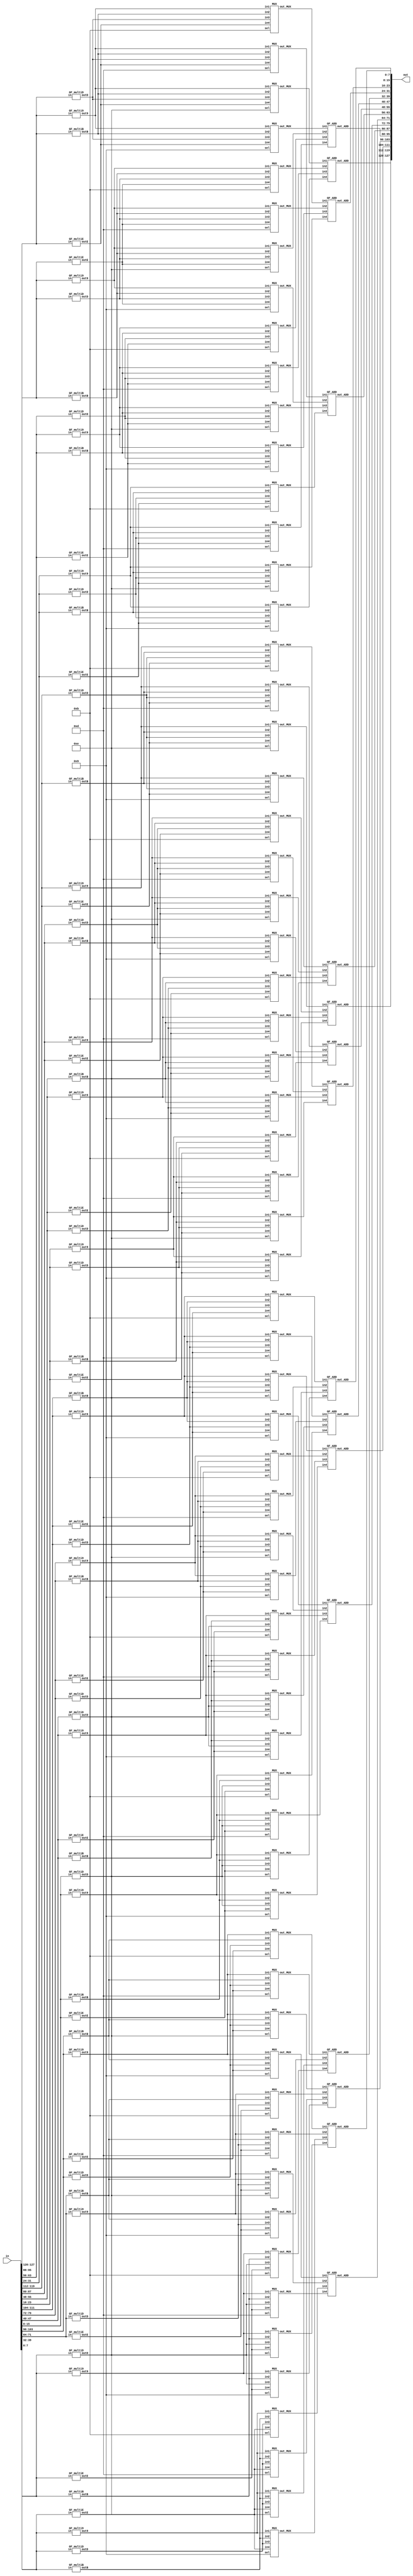
module inv_mixcolumns(in, out);
input [127:0] in;
output [127:0] out;

wire [127:0] in_matrix, out_matrix; //transpose matrix
wire [127:0] multi2, multi3, multi9, multiE, multiB, multiD; 

//temporary variable
wire [31:0]temp11, temp12, temp13, temp14, temp21, temp22, temp23, temp24, 
temp31, temp32, temp33, temp34, temp41, temp42, temp43, temp44;

//transpose matrix 
assign in_matrix[127:96] = {in[127:120], in[95:88], in[63:56], in[31:24]};
assign in_matrix[95:64] = {in[119:112], in[87:80], in[55:48], in[23:16]};
assign in_matrix[63:32] = {in[111:104], in[79:72], in[47:40], in[15:8]};
assign in_matrix[31:0] = {in[103:96], in[71:64], in[39:32], in[7:0]};

// specific constant matrix
parameter [15:0] const1 = 16'b1110_1011_1101_1001; // 0E 0B 0D 09  
parameter [15:0] const2 = 16'b1001_1110_1011_1101; //O9 0E 0B 0D
parameter [15:0] const3 = 16'b1101_1001_1110_1011; //OD O9 OE OB
parameter [15:0] const4 = 16'b1011_1101_1001_1110; //0B 0D 09 0E


//  (1 ) 
GF_multiB B11(in_matrix[127:120], multiB[127:120]);
GF_multiB B12(in_matrix[119:112], multiB[119:112]);
GF_multiB B13(in_matrix[111:104], multiB[111:104]);
GF_multiB B14(in_matrix[103:96], multiB[103:96]);

GF_multi9 N11(in_matrix[127:120], multi9[127:120]);
GF_multi9 N12(in_matrix[119:112], multi9[119:112]);
GF_multi9 N13(in_matrix[111:104], multi9[111:104]);
GF_multi9 N14(in_matrix[103:96], multi9[103:96]);

GF_multiE E11(in_matrix[127:120], multiE[127:120]);
GF_multiE E12(in_matrix[119:112], multiE[119:112]);
GF_multiE E13(in_matrix[111:104], multiE[111:104]);
GF_multiE E14(in_matrix[103:96], multiE[103:96]);

GF_multiD D11(in_matrix[127:120], multiD[127:120]);
GF_multiD D12(in_matrix[119:112], multiD[119:112]);
GF_multiD D13(in_matrix[111:104], multiD[111:104]);
GF_multiD D14(in_matrix[103:96], multiD[103:96]);

MUX M111(multi9[127:120], multiB[127:120], multiD[127:120], multiE[127:120], const1[15:12], temp11[31:24]);
MUX M112(multi9[119:112], multiB[119:112], multiD[119:112], multiE[119:112], const1[11:8], temp11[23:16]);
MUX M113(multi9[111:104], multiB[111:104], multiD[111:104], multiE[111:104], const1[7:4], temp11[15:8]);
MUX M114(multi9[103:96], multiB[103:96], multiD[103:96], multiE[103:96], const1[3:0], temp11[7:0]);
GF_ADD ADD11(temp11[31:24], temp11[23:16], temp11[15:8], temp11[7:0], out_matrix[127:120]); 

MUX M121(multi9[127:120], multiB[127:120], multiD[127:120], multiE[127:120], const2[15:12], temp12[31:24]);
MUX M122(multi9[119:112], multiB[119:112], multiD[119:112], multiE[119:112], const2[11:8], temp12[23:16]);
MUX M123(multi9[111:104], multiB[111:104], multiD[111:104], multiE[111:104], const2[7:4], temp12[15:8]);
MUX M124(multi9[103:96], multiB[103:96], multiD[103:96], multiE[103:96], const2[3:0], temp12[7:0]);
GF_ADD ADD12(temp12[31:24], temp12[23:16], temp12[15:8], temp12[7:0], out_matrix[119:112]); 

MUX M131(multi9[127:120], multiB[127:120], multiD[127:120], multiE[127:120], const3[15:12], temp13[31:24]);
MUX M132(multi9[119:112], multiB[119:112], multiD[119:112], multiE[119:112], const3[11:8], temp13[23:16]);
MUX M133(multi9[111:104], multiB[111:104], multiD[111:104], multiE[111:104], const3[7:4], temp13[15:8]);
MUX M134(multi9[103:96], multiB[103:96], multiD[103:96], multiE[103:96], const3[3:0], temp13[7:0]);
GF_ADD ADD13(temp13[31:24], temp13[23:16], temp13[15:8], temp13[7:0], out_matrix[111:104]); 

MUX M141(multi9[127:120], multiB[127:120], multiD[127:120], multiE[127:120], const4[15:12], temp14[31:24]);
MUX M142(multi9[119:112], multiB[119:112], multiD[119:112], multiE[119:112], const4[11:8], temp14[23:16]);
MUX M143(multi9[111:104], multiB[111:104], multiD[111:104], multiE[111:104], const4[7:4], temp14[15:8]);
MUX M144(multi9[103:96], multiB[103:96], multiD[103:96], multiE[103:96], const4[3:0], temp14[7:0]);
GF_ADD ADD14(temp14[31:24], temp14[23:16], temp14[15:8], temp14[7:0], out_matrix[103:96]); 

// 2  
GF_multiB B21(in_matrix[95:88], multiB[95:88]);
GF_multiB B22(in_matrix[87:80], multiB[87:80]);
GF_multiB B23(in_matrix[79:72], multiB[79:72]);
GF_multiB B24(in_matrix[71:64], multiB[71:64]);

GF_multi9 N21(in_matrix[95:88], multi9[95:88]);
GF_multi9 N22(in_matrix[87:80], multi9[87:80]);
GF_multi9 N23(in_matrix[79:72], multi9[79:72]);
GF_multi9 N24(in_matrix[71:64], multi9[71:64]);

GF_multiE E21(in_matrix[95:88], multiE[95:88]);
GF_multiE E22(in_matrix[87:80], multiE[87:80]);
GF_multiE E23(in_matrix[79:72], multiE[79:72]);
GF_multiE E24(in_matrix[71:64], multiE[71:64]);

GF_multiD D21(in_matrix[95:88], multiD[95:88]);
GF_multiD D22(in_matrix[87:80], multiD[87:80]);
GF_multiD D23(in_matrix[79:72], multiD[79:72]);
GF_multiD D24(in_matrix[71:64], multiD[71:64]);



MUX M211(multi9[95:88], multiB[95:88], multiD[95:88], multiE[95:88], const1[15:12], temp21[31:24]);
MUX M212(multi9[87:80], multiB[87:80], multiD[87:80], multiE[87:80], const1[11:8], temp21[23:16]);
MUX M213(multi9[79:72], multiB[79:72], multiD[79:72], multiE[79:72], const1[7:4], temp21[15:8]);
MUX M214(multi9[71:64], multiB[71:64], multiD[71:64], multiE[71:64], const1[3:0], temp21[7:0]);
GF_ADD ADD21(temp21[31:24], temp21[23:16], temp21[15:8], temp21[7:0], out_matrix[95:88]); 

MUX M221(multi9[95:88], multiB[95:88], multiD[95:88], multiE[95:88], const2[15:12], temp22[31:24]);
MUX M222(multi9[87:80], multiB[87:80], multiD[87:80], multiE[87:80], const2[11:8], temp22[23:16]);
MUX M223(multi9[79:72], multiB[79:72], multiD[79:72], multiE[79:72], const2[7:4], temp22[15:8]);
MUX M224(multi9[71:64], multiB[71:64], multiD[71:64], multiE[71:64], const2[3:0], temp22[7:0]);
GF_ADD ADD22(temp22[31:24], temp22[23:16], temp22[15:8], temp22[7:0], out_matrix[87:80]); 

MUX M231(multi9[95:88], multiB[95:88], multiD[95:88], multiE[95:88], const3[15:12], temp23[31:24]);
MUX M232(multi9[87:80], multiB[87:80], multiD[87:80], multiE[87:80], const3[11:8], temp23[23:16]);
MUX M233(multi9[79:72], multiB[79:72], multiD[79:72], multiE[79:72], const3[7:4], temp23[15:8]);
MUX M234(multi9[71:64], multiB[71:64], multiD[71:64], multiE[71:64], const3[3:0], temp23[7:0]);
GF_ADD ADD23(temp23[31:24], temp23[23:16], temp23[15:8], temp23[7:0], out_matrix[79:72]); 

MUX M241(multi9[95:88], multiB[95:88], multiD[95:88], multiE[95:88], const4[15:12], temp24[31:24]);
MUX M242(multi9[87:80], multiB[87:80], multiD[87:80], multiE[87:80], const4[11:8], temp24[23:16]);
MUX M243(multi9[79:72], multiB[79:72], multiD[79:72], multiE[79:72], const4[7:4], temp24[15:8]);
MUX M244(multi9[71:64], multiB[71:64], multiD[71:64], multiE[71:64], const4[3:0], temp24[7:0]);
GF_ADD ADD24(temp24[31:24], temp24[23:16], temp24[15:8], temp24[7:0], out_matrix[71:64]); 

// 3  
GF_multiB B31(in_matrix[63:56], multiB[63:56]);
GF_multiB B32(in_matrix[55:48], multiB[55:48]);
GF_multiB B33(in_matrix[47:40], multiB[47:40]);
GF_multiB B34(in_matrix[39:32], multiB[39:32]);

GF_multi9 N31(in_matrix[63:56], multi9[63:56]);
GF_multi9 N32(in_matrix[55:48], multi9[55:48]);
GF_multi9 N33(in_matrix[47:40], multi9[47:40]);
GF_multi9 N34(in_matrix[39:32], multi9[39:32]);

GF_multiE E31(in_matrix[63:56], multiE[63:56]);
GF_multiE E32(in_matrix[55:48], multiE[55:48]);
GF_multiE E33(in_matrix[47:40], multiE[47:40]);
GF_multiE E34(in_matrix[39:32], multiE[39:32]);

GF_multiD D31(in_matrix[63:56], multiD[63:56]);
GF_multiD D32(in_matrix[55:48], multiD[55:48]);
GF_multiD D33(in_matrix[47:40], multiD[47:40]);
GF_multiD D34(in_matrix[39:32], multiD[39:32]);

MUX M311(multi9[63:56], multiB[63:56], multiD[63:56], multiE[63:56], const1[15:12], temp31[31:24]);
MUX M312(multi9[55:48], multiB[55:48], multiD[55:48], multiE[55:48], const1[11:8], temp31[23:16]);
MUX M313(multi9[47:40], multiB[47:40], multiD[47:40], multiE[47:40], const1[7:4], temp31[15:8]);
MUX M314(multi9[39:32], multiB[39:32], multiD[39:32], multiE[39:32], const1[3:0], temp31[7:0]);
GF_ADD ADD31(temp31[31:24], temp31[23:16], temp31[15:8], temp31[7:0], out_matrix[63:56]);

MUX M321(multi9[63:56], multiB[63:56], multiD[63:56], multiE[63:56], const2[15:12], temp32[31:24]);
MUX M322(multi9[55:48], multiB[55:48], multiD[55:48], multiE[55:48], const2[11:8],temp32[23:16]);
MUX M323(multi9[47:40], multiB[47:40], multiD[47:40], multiE[47:40], const2[7:4], temp32[15:8]);
MUX M324(multi9[39:32], multiB[39:32], multiD[39:32], multiE[39:32], const2[3:0], temp32[7:0]);
GF_ADD ADD32(temp32[31:24], temp32[23:16], temp32[15:8], temp32[7:0], out_matrix[55:48]);

MUX M331(multi9[63:56], multiB[63:56], multiD[63:56], multiE[63:56], const3[15:12], temp33[31:24]);
MUX M332(multi9[55:48], multiB[55:48], multiD[55:48], multiE[55:48], const3[11:8], temp33[23:16]);
MUX M333(multi9[47:40], multiB[47:40], multiD[47:40], multiE[47:40], const3[7:4], temp33[15:8]);
MUX M334(multi9[39:32], multiB[39:32], multiD[39:32], multiE[39:32], const3[3:0], temp33[7:0]);
GF_ADD ADD33(temp33[31:24], temp33[23:16], temp33[15:8], temp33[7:0], out_matrix[47:40]);

MUX M341(multi9[63:56], multiB[63:56], multiD[63:56], multiE[63:56], const4[15:12], temp34[31:24]);
MUX M342(multi9[55:48], multiB[55:48], multiD[55:48], multiE[55:48], const4[11:8], temp34[23:16]);
MUX M343(multi9[47:40], multiB[47:40], multiD[47:40], multiE[47:40], const4[7:4], temp34[15:8]);
MUX M344(multi9[39:32], multiB[39:32], multiD[39:32], multiE[39:32], const4[3:0], temp34[7:0]);
GF_ADD ADD34(temp34[31:24], temp34[23:16], temp34[15:8], temp34[7:0], out_matrix[39:32]);
// 4  
GF_multiB B41(in_matrix[31:24], multiB[31:24]);
GF_multiB B42(in_matrix[23:16], multiB[23:16]);
GF_multiB B43(in_matrix[15:8], multiB[15:8]);
GF_multiB B44(in_matrix[7:0], multiB[7:0]);

GF_multi9 N41(in_matrix[31:24], multi9[31:24]);
GF_multi9 N42(in_matrix[23:16], multi9[23:16]);
GF_multi9 N43(in_matrix[15:8], multi9[15:8]);
GF_multi9 N44(in_matrix[7:0], multi9[7:0]);

GF_multiE E41(in_matrix[31:24], multiE[31:24]);
GF_multiE E42(in_matrix[23:16], multiE[23:16]);
GF_multiE E43(in_matrix[15:8], multiE[15:8]);
GF_multiE E44(in_matrix[7:0], multiE[7:0]);

GF_multiD D41(in_matrix[31:24], multiD[31:24]);
GF_multiD D42(in_matrix[23:16], multiD[23:16]);
GF_multiD D43(in_matrix[15:8], multiD[15:8]);
GF_multiD D44(in_matrix[7:0], multiD[7:0]);

MUX M411(multi9[31:24], multiB[31:24], multiD[31:24], multiE[31:24], const1[15:12], temp41[31:24]);
MUX M412(multi9[23:16], multiB[23:16], multiD[23:16], multiE[23:16], const1[11:8], temp41[23:16]);
MUX M413(multi9[15:8], multiB[15:8], multiD[15:8], multiE[15:8], const1[7:4], temp41[15:8]);
MUX M414(multi9[7:0], multiB[7:0], multiD[7:0], multiE[7:0], const1[3:0], temp41[7:0]);
GF_ADD ADD41(temp41[31:24], temp41[23:16], temp41[15:8], temp41[7:0], out_matrix[31:24]);

MUX M421(multi9[31:24], multiB[31:24], multiD[31:24], multiE[31:24], const2[15:12], temp42[31:24]);
MUX M422(multi9[23:16], multiB[23:16], multiD[23:16], multiE[23:16], const2[11:8], temp42[23:16]);
MUX M423(multi9[15:8], multiB[15:8], multiD[15:8], multiE[15:8], const2[7:4], temp42[15:8]);
MUX M424(multi9[7:0], multiB[7:0], multiD[7:0], multiE[7:0], const2[3:0], temp42[7:0]);
GF_ADD ADD42(temp42[31:24], temp42[23:16], temp42[15:8], temp42[7:0], out_matrix[23:16]);

MUX M431(multi9[31:24], multiB[31:24], multiD[31:24], multiE[31:24], const3[15:12], temp43[31:24]);
MUX M432(multi9[23:16], multiB[23:16], multiD[23:16], multiE[23:16], const3[11:8], temp43[23:16]);
MUX M433(multi9[15:8], multiB[15:8], multiD[15:8], multiE[15:8], const3[7:4], temp43[15:8]);
MUX M434(multi9[7:0], multiB[7:0], multiD[7:0], multiE[7:0], const3[3:0], temp43[7:0]);
GF_ADD ADD43(temp43[31:24], temp43[23:16], temp43[15:8], temp43[7:0], out_matrix[15:8]);

MUX M441(multi9[31:24], multiB[31:24], multiD[31:24], multiE[31:24], const4[15:12], temp44[31:24]);
MUX M442(multi9[23:16], multiB[23:16], multiD[23:16], multiE[23:16], const4[11:8], temp44[23:16]);
MUX M443(multi9[15:8], multiB[15:8], multiD[15:8], multiE[15:8], const4[7:4], temp44[15:8]);
MUX M444(multi9[7:0], multiB[7:0], multiD[7:0], multiE[7:0], const4[3:0], temp44[7:0]);
GF_ADD ADD44(temp44[31:24], temp44[23:16], temp44[15:8], temp44[7:0], out_matrix[7:0]);

// matrix 
assign out[127:96] = {out_matrix[127:120], out_matrix[95:88], out_matrix[63:56], out_matrix[31:24]};
assign out[95:64] = {out_matrix[119:112], out_matrix[87:80], out_matrix[55:48], out_matrix[23:16]};
assign out[63:32] = {out_matrix[111:104], out_matrix[79:72], out_matrix[47:40], out_matrix[15:8]};
assign out[31:0] = {out_matrix[103:96], out_matrix[71:64], out_matrix[39:32], out_matrix[7:0]};
endmodule

module MUX(in1, in2, in3, in4, sel, out_MUX);
input [7:0] in1, in2, in3, in4;
input [3:0] sel;
output [7:0] out_MUX;
reg [7:0] temp_mux;

always @ (sel, in1, in2, in3, in4) begin
    case(sel) 
        4'b1001 : temp_mux = in1;
        4'b1011 : temp_mux = in2;
        4'b1101 : temp_mux = in3;
        4'b1110 : temp_mux = in4;
    endcase 
end
assign out_MUX = temp_mux;
endmodule

module MUX2 (in1, in2, sel, out);
input [7:0] in1, in2;
input sel;
output reg [7:0]out;

always @ (in1, in2, sel) begin
    case(sel)
        1'b0 : out = in1;
        1'b1 : out = in2;
    endcase
end
endmodule

module GF_ADD(in1, in2, in3, in4, out_ADD);
input [7:0] in1, in2, in3, in4;
output [7:0] out_ADD;

assign out_ADD = in1 ^ in2 ^ in3 ^ in4;
endmodule

module GF_multi2 (in, out2);
input [7:0]in;
output [7:0]out2;
wire [7:0] temp1, temp2;
parameter [7:0] overflow = 8'b0001_1011;
assign temp1 = in<<1;
assign temp2 = (in<<1) ^ overflow;

MUX2 MUX_2in(temp1, temp2, in[7], out2);
endmodule

module GF_multi3 (in, out3);
input [7:0]in;
output [7:0]out3;

wire [7:0]temp;

GF_multi2 multi2 (in, temp);
assign out3 = temp^in; //multi2 + self
endmodule

module GF_multi9 (in, out9);
input [7:0] in;
output [7:0] out9;

wire [7:0] temp1, temp2, temp3;

GF_multi2 multi2 (in, temp1);
GF_multi2 multi2_1 (temp1, temp2); // temp2 = in * 2 * 2
GF_multi2 multi2_2 (temp2, temp3); // out9 = (in * 2 * 2) * 2 XOR in

assign out9 = temp3 ^ in;
endmodule

module GF_multiB (in, outB);
input [7:0] in;
output [7:0] outB;

wire [7:0] temp1, temp2, temp3, temp4;

GF_multi2 multi2 (in, temp1); // temp1 = in * 2
GF_multi2 multi2_1 (temp1, temp2); // temp2 = in * 2 * 2
assign temp3 = temp2 ^ in; // temp3 = (in * 2 * 2) XOR in
GF_multi2 multi2_2 (temp3, temp4); // outB = ((in * 2 * 2) XOR in) * 2 XOR in
assign outB = temp4 ^ in;
endmodule

module GF_multiD (in, outD);
input [7:0] in;
output [7:0] outD;

wire [7:0] temp1, temp2, temp3, temp4;

GF_multi2 multi2 (in, temp1); // temp1 = in * 2
assign temp2 = temp1 ^ in; // temp2 = (in * 2) XOR in
GF_multi2 multi2_1 (temp2, temp3); // temp3 = ((in * 2) XOR in) * 2
GF_multi2 multi2_2 (temp3, temp4); // outD = (((in * 2) XOR in) * 2) * 2 XOR in
assign outD = temp4 ^ in;
endmodule

module GF_multiE (in, outE);
input [7:0] in;
output [7:0] outE;

wire [7:0] temp1, temp2, temp3, temp4, temp5;

GF_multi2 multi2 (in, temp1); // temp1 = in * 2
GF_multi2 multi2_1 (temp1, temp2); // temp2 = (in * 2) * 2
GF_multi3 multi3 (in, temp3); // temp3 = in * 3

assign temp4 = temp2 ^ temp3; // temp4 = (in * 4) XOR (in * 3)
GF_multi2 multi2_2(temp4, outE); // temp5 = ((in * 4) XOR (in * 3)) * 2


endmodule